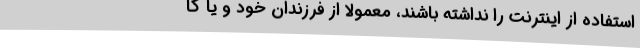
استفاده از اینترنت را نداشته باشند، معمولا از فرزندان خود و یا کا